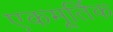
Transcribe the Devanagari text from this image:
एकमूर्तिक